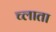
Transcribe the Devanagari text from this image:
च्लाता